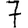
Digit: 7